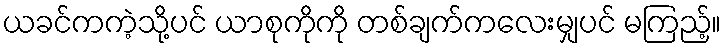
ယခင်ကကဲ့သို့ပင် ယာစုကိုကို တစ်ချက်ကလေးမျှပင် မကြည့်။